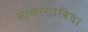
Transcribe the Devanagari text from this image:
साकागाविया